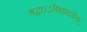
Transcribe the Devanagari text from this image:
श्रद्धाऽऽतिथ्यमदर्चनम्